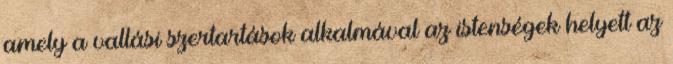
amely a vallási szertartások alkalmával az istenségek helyett az